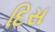
દિસ